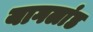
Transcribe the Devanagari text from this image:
यागलांड